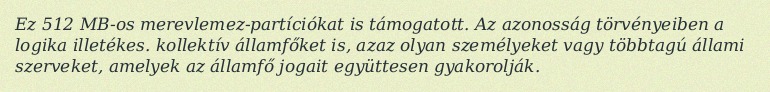
Ez 512 MB-os merevlemez-partíciókat is támogatott. Az azonosság törvényeiben a logika illetékes. kollektív államfőket is, azaz olyan személyeket vagy többtagú állami szerveket, amelyek az államfő jogait együttesen gyakorolják.